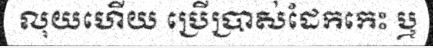
លុយហើយ ប្រើប្រាស់ដែកកេះ ឬ